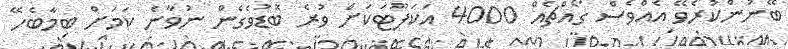
ބޭނުންކުރެވޭ އެއްވެސް ގޯއްޗެއް 4000 އަކަފޫޓަކަށް ވުރެ ބޮޑުވެގެން ނުވާނެ ކަމަށް ބިމާބެހޭ